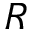
R